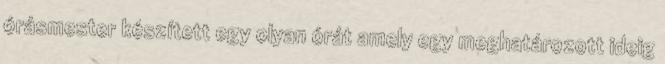
órásmester készített egy olyan órát amely egy meghatározott ideig